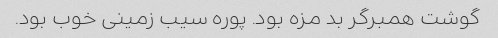
گوشت همبرگر بد مزه بود. پوره سیب زمینی خوب بود.